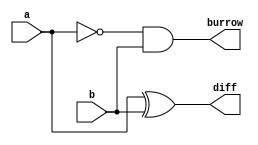
`timescale 1ns / 1ps
//////////////////////////////////////////////////////////////////////////////////
// Company: 
// Engineer: 
// 
// Design Name: 
// Module Name: half_subtractor
// Project Name: 
// Target Devices: 
// Tool Versions: 
// Description: 
// 
// Dependencies: 
// 
// Revision:
// Revision 0.01 - File Created
// Additional Comments:
// 
//////////////////////////////////////////////////////////////////////////////////


module half_subtractor(diff,burrow,a,b);
input a,b;
output diff,burrow;
wire w;
assign diff=a^b;
assign w=~a;
assign burrow=w&b;
endmodule